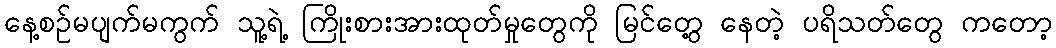
နေ့စဉ်မပျက်မကွက် သူ့ရဲ့ ကြိုးစားအားထုတ်မှုတွေကို မြင်တွေ့ နေတဲ့ ပရိသတ်တွေ ကတော့